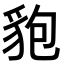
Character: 𧲼